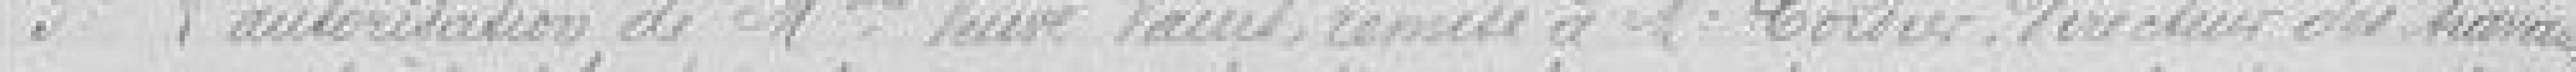
3° L'autorisation de Madame veuve Vanet, remise à Monsieur Cordier directeur des travaux